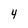
Character: 4